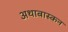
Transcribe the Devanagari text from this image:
अथाबास्कन